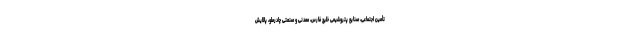
تأمین اجتماعی، صنایع پتروشیمی خلیج فارس، معدنی و صنعتی چادرملو، پالایش